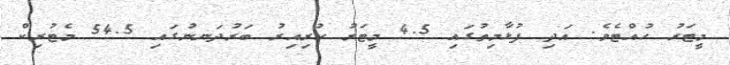
މީޓަރު ހުއްޓެވެ. އަދި ފުޅާމިތުގައި 4.5 މީޓަރު ހުރިއިރު ބަރުދަނނުގައި 54.5 މެޓުރިކް